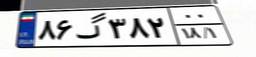
۰۶گ۵۶۴۶۰